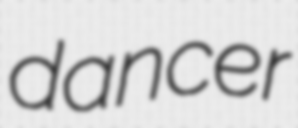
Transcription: dancer